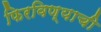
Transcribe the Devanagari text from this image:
फिरविण्याची